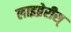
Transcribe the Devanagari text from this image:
लाइब्रेरीस्